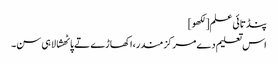
پنڈتائی علم[لکھو]
اس تعلیم دے مرکز مندر،اکھاڑے تے پاٹھشالا ہی سن۔